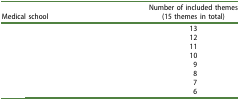
<table><thead><tr><td><b>Medical school</b></td><td><b>Number of included themes (15 themes in total)</b></td></tr></thead><tbody><tr><td>[EMPTY_CELL]</td><td>13</td></tr><tr><td>[EMPTY_CELL]</td><td>12</td></tr><tr><td>[EMPTY_CELL]</td><td>11</td></tr><tr><td>[EMPTY_CELL]</td><td>10</td></tr><tr><td>[EMPTY_CELL]</td><td>9</td></tr><tr><td>[EMPTY_CELL]</td><td>8</td></tr><tr><td>[EMPTY_CELL]</td><td>7</td></tr><tr><td>[EMPTY_CELL]</td><td>6</td></tr></tbody></table>